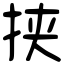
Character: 挟